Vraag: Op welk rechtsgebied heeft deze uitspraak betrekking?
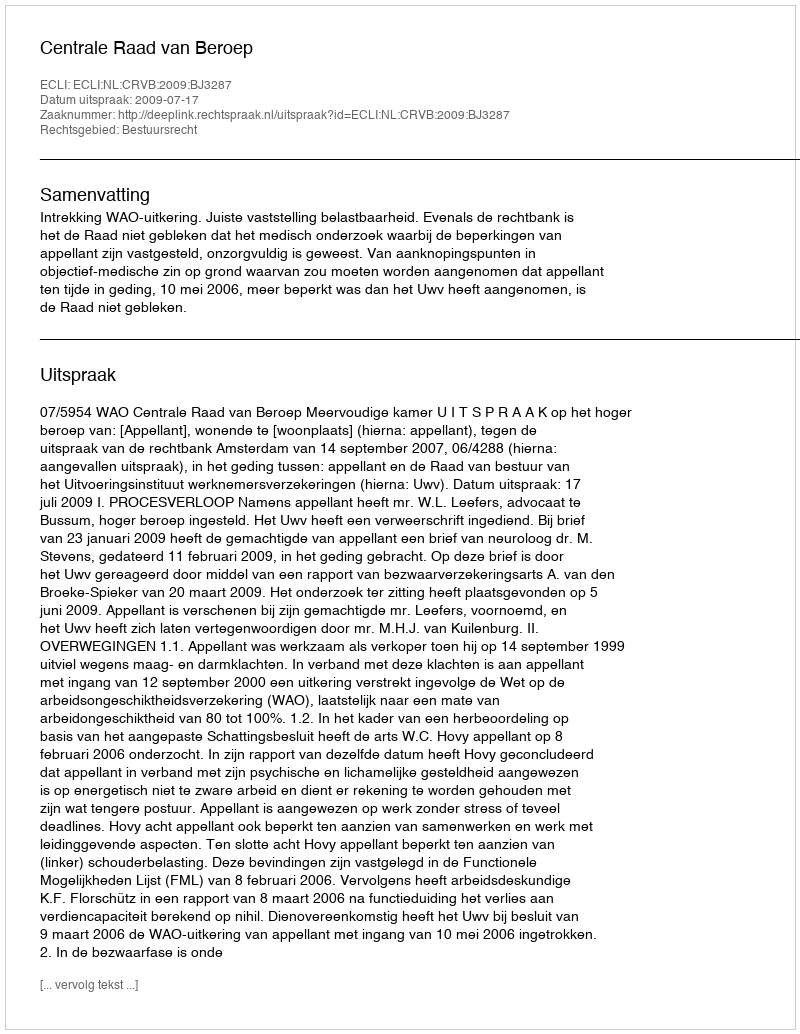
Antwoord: Bestuursrecht